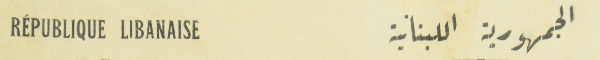
الجمهورية اللبنانية					RÉPUBLIQUE LIBANAISE